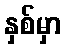
နှစ်မှာ